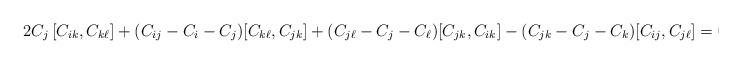
LaTeX: \begin{align*}2C_j\,[C_{ik},C_{k\ell}] +(C_{ij}-C_i-C_j)[C_{k\ell},C_{jk}] +(C_{j\ell}-C_j-C_\ell) [C_{jk},C_{ik}] -(C_{jk}-C_j-C_k)[C_{ij},C_{j\ell}] =0\,. \end{align*}